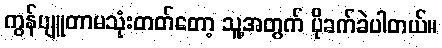
ကွန်ပျူတာမသုံးတတ်တော့ သူ့အတွက် ပိုခက်ခဲပါတယ်။